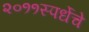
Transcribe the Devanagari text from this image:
२०११स्पर्धेचे